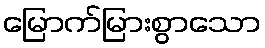
မြောက်မြားစွာသော